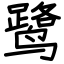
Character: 鹭